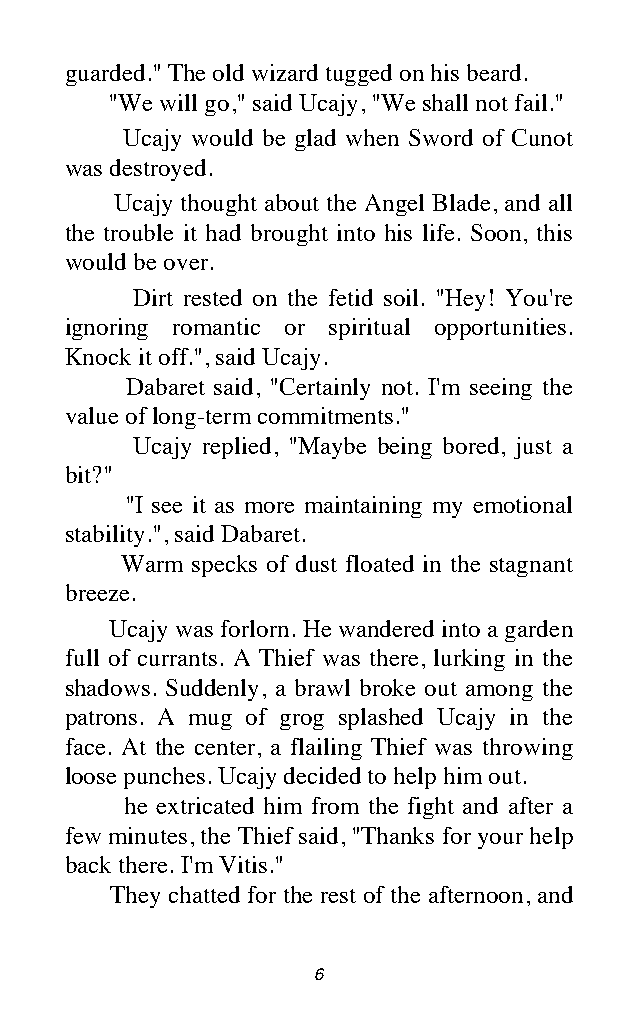
guarded." The old wizard tugged on his beard.
 "We will go," said Ucajy, "We shall not fail."
 Ucajy would be glad when Sword of Cunot
 was destroyed.
 Ucajy thought about the Angel Blade, and all
 the trouble it had brought into his life. Soon, this
 would be over.
 Dirt rested on the fetid soil. "Hey! You're
 ignoring romantic or spiritual opportunities.
 Knock it off.", said Ucajy.
 Dabaret said, "Certainly not. I'm seeing the
 value of long-term commitments."
 Ucajy replied, "Maybe being bored, just a
 bit?"
 "I see it as more maintaining my emotional
 stability.", said Dabaret.
 Warm specks of dust floated in the stagnant
 breeze.
 Ucajy was forlorn. He wandered into a garden
 full of currants. A Thief was there, lurking in the
 shadows. Suddenly, a brawl broke out among the
 patrons. A mug of grog splashed Ucajy in the
 face. At the center, a flailing Thief was throwing
 loose punches. Ucajy decided to help him out.
 he extricated him from the fight and after a
 few minutes, the Thief said, "Thanks for your help
 back there. I'm Vitis."
 They chatted for the rest of the afternoon, and
 6